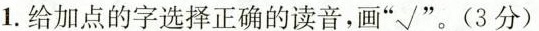
1.给加点的字选择正确的读音，画”√”。(3分)